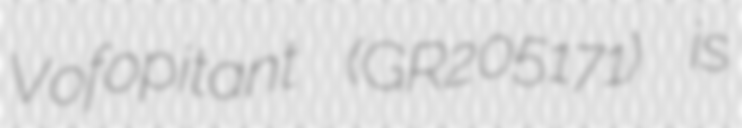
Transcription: Vofopitant (GR205171) is